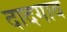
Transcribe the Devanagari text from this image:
दादगाव